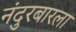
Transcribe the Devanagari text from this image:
नंदुरबारला